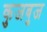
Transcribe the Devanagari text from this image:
कुजबुज